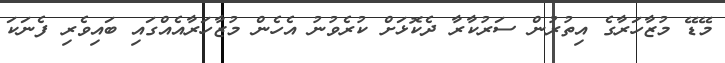
މޭޑޭ މުޒާހަރާގެ އިތުރުން ސަރުކާރާ ދެކޮޅަށް ކުރެވުނު އެހެން މުޒާހަރާއެއްގައި ބައިވެރި ފެނަކަ